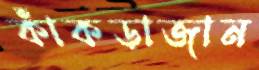
কাঁকড়াজান